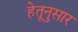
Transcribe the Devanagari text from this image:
हेतूनुसार